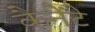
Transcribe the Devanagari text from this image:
कैनेंटे